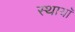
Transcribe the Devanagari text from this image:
स्थायॉ